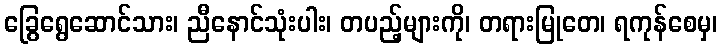
ခြွေရွေဆောင်သား၊ ညီနောင်သုံးပါး၊ တပည့်များကို၊ တရားမြုတေ၊ ရကုန်စေမှ၊